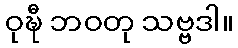
ဝုဍ္ဎီ ဘဝတု သဗ္ဗဒါ။